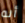
أنه